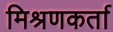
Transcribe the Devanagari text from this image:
मिश्रणकर्ता